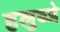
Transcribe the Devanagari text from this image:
हलुब्जे